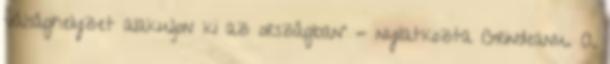
válsághelyzet alakuljon ki az országban' - nyilatkozta Grindeanu. A